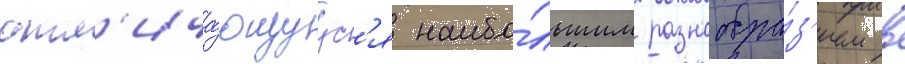
отл'ича́ющуус'я наибо́льшим разнообра́з'ием в